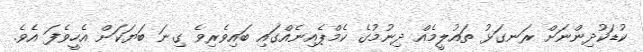
ކުޑަކުދިންނަށް ރަނގަޅު ތައުލީމެއް ދިނުމުގެ ކެމްޕެއިނެއްގައި ބައިވެރިވެ ގިނަ ބަޔަކަށް އެހީވެފަ އެވެ.